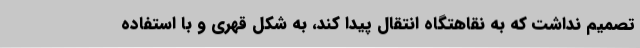
تصمیم نداشت که به نقاهتگاه انتقال پیدا کند، به شکل قهری و با استفاده